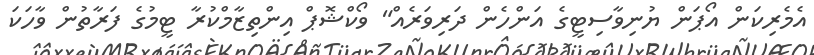
އެމެރިކަން އޯޕަން ޔުނިވާސިޓީގެ އަންހެން ދަރިވަރެއް" ވޯކްޝޮޕް އިންތިޒާމްކުރާ ޓީމުގެ ފަރާތުން ވާހަކަ